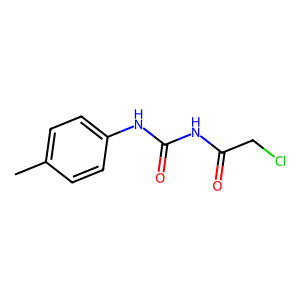
SMILES: Cc1ccc(NC(=O)NC(=O)CCl)cc1
Inhibits HIV replication: No